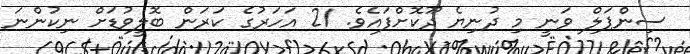
ސިންޕަލް ވަނީ މި ދުނިޔެ ދޫކޮށްފައެވެ. 21 އަހަރުގެ ކަރަން ބޮލީވުޑަށް ނިކުންނަ